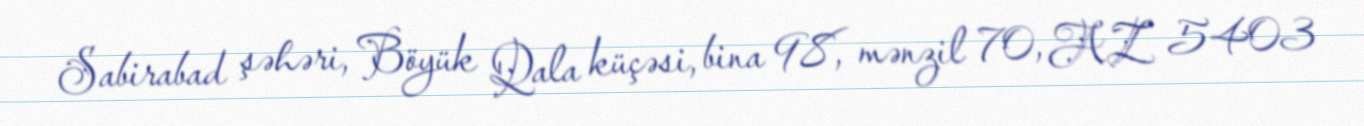
Sabirabad şəhəri, Böyük Qala küçəsi, bina 98, mənzil 70, AZ 5403